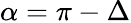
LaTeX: \alpha=\pi-\Delta